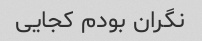
نگران بودم کجایی